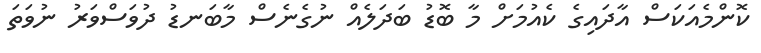
ކޮންމެއަކަސް އާދައިގެ ކެއުމަށް މާ ބޮޑު ބަދަލެއް ނުގެނެސް މާބަނޑު ދުވަސްވަރު ނުވަތަ